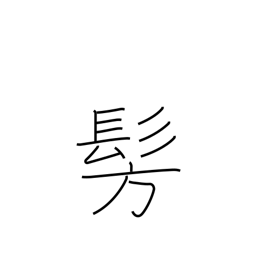
Meaning: dimly